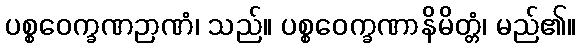
ပစ္စဝေက္ခဏဉာဏံ၊ သည်။ ပစ္စဝေက္ခဏာနိမိတ္တံ၊ မည်၏။